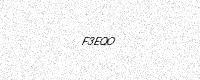
Text: F3EQO